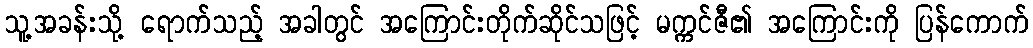
သူ့အခန်းသို့ ရောက်သည့် အခါတွင် အကြောင်းတိုက်ဆိုင်သဖြင့် မက္ကင်ဇီ၏ အကြောင်းကို ပြန်ကောက်